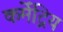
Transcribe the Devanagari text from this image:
कर्मेंद्रिय